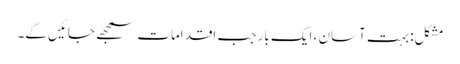
مشکل: بہت آسان ، ایک بار جب اقدامات سمجھے جائیں گے۔